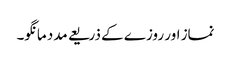
نماز اور روزے کے ذریعے مدد مانگو۔